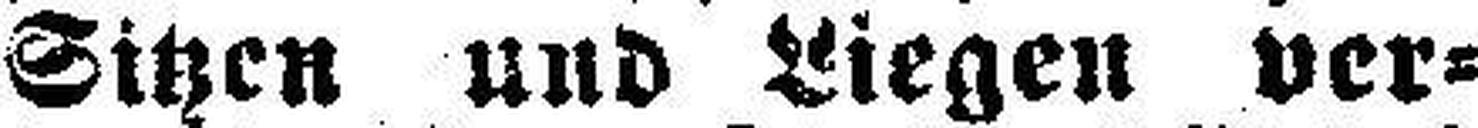
Sitzen und Liegen ver¬